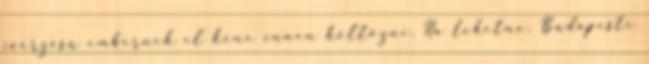
jóérzésű embernek el kéne innen költözni. Ha lehetne. Budapesti